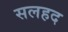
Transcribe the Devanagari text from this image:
सलहद